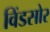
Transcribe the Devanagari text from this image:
विंडसोर